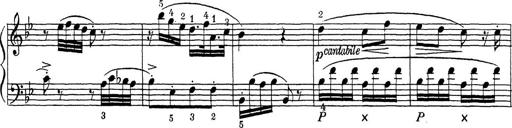
Title: ÄŒeskÃ© Sonatiny
Composer: Various